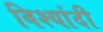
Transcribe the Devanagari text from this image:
विश्यांदी